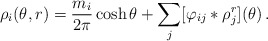
\begin{align*}\rho _{i}(\theta ,r)=\frac{m_{i}}{2\pi }\cosh \theta+\sum\limits_{j}[\varphi _{ij}\ast \rho _{j}^{r}](\theta )\,. \end{align*}